Report on the treatment of epidemic cholera: from information collected by the governments of Bengal, Madras, Bombay, N.W. Provinces, Punjab, Oudh, and Central India, by order of the Government of India
Disease focus: Cholera
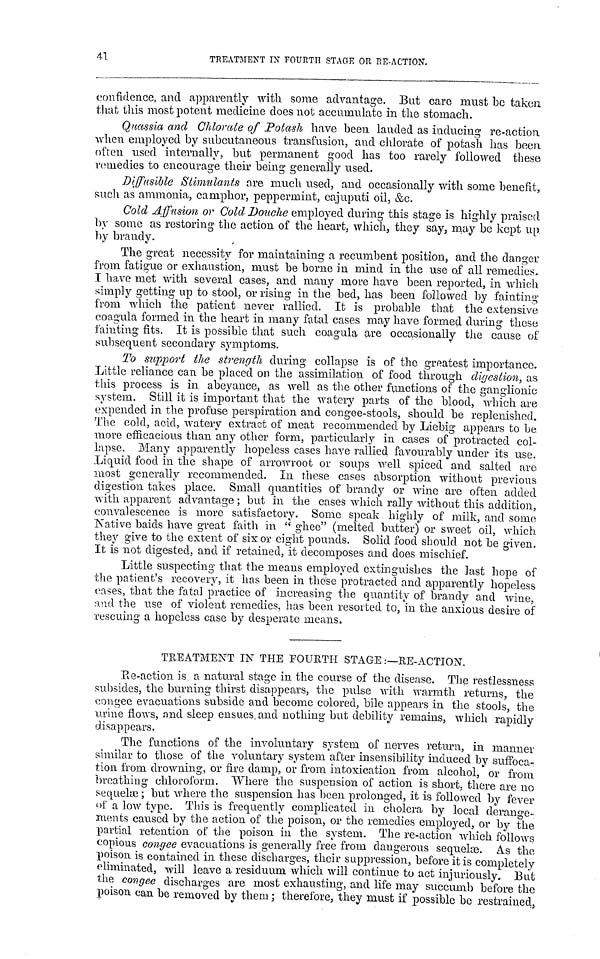
41
TREATMENT IX FOURTH STAGE OR RE-ACTION.
confidence, and apparently with some advantage. But care must be taken
that this most potent medicine does not accumulate in the stomach.
Quassia and Chlorate of Potash have been lauded as inducing re-action
when employed by subcutaneous transfusion, and chlorate of potash has been
often used internally, but permanent good has too rarely followed these
remedies to encourage their being generally used.
Diffusible Stimulants are much used, and occasionally with some benefit,
such as ammonia, camphor, peppermint, cajuputi oil, &c.
Cold Affusion or Cold Douche employed during this stage is highly praised
by some as restoring the action of the heart, which, they say, may be kept up
by brandy.
The great necessity for maintaining a recumbent position, and the danger
from fatigue or exhaustion, must be borne in mind in the use of all remedies.
I have met with several cases, and many more have been reported, in which
simply getting up to stool, or rising in the bed, has been followed by fainting
from which the patient never rallied. It is probable that the extensive
coagula formed in the heart in many fatal cases may have formed during these
fainting fits. It is possible that such coagula are occasionally the cause of
subsequent secondary symptoms.
To support the strength during collapse is of the greatest importance.
Little reliance can be placed on the assimilation of food through digestion, as
this process is in abeyance, as well as the other functions of the ganglionic
system. Still it is important that the watery parts of the blood, which are
expended in the profuse perspiration and congee-stools, should be replenished.
The cold, acid, watery extract of meat recommended by Liebig appears to be
more efficacious than any other form, particularly in cases of protracted col-
lapse. Many apparently hopeless cases have rallied favourably under its use.
Liquid food in the shape of arrowroot or soups well spiced and salted are
most generally recommended. In these cases absorption without previous
digestion takes place. Small quantities of brandy or wine are often added
with apparent advantage ; but in the cases which rally without this addition,
convalescence is more satisfactory. Some speak highly of milk, and some
Nsative baids have great faith in "ghee" (melted butter) or sweet oil, which
they give to the extent of six or eight pounds. Solid food should not be given.
It is not digested, and if retained, it decomposes and does mischief.
Little suspecting that the means employed extinguishes the last hope of
the patient's recovery, it has been in these protracted and apparently hopeless
eases, that the fatal practice of increasing the quantity of brandy and wine,
and the use of violent remedies, has been resorted to, in the anxious desire of
rescuing a hopeless case by desperate means.
TREATMENT IN THE FOURTH STAGE:—RE-ACTION.
Re-action is a natural stage in the course of the disease. The restlessness
subsides, the burning thirst disappears, the pulse with warmth returns, the
congee evacuations subside and become colored, bile appears in the stools, the
urine flows, and sleep ensues and nothing but debility remains, which rapidly
disappears.
The functions of the involuntary system of nerves return, in manner
similar to those of the voluntary system after insensibility induced by suffoca-
tion from drowning, or fire damp, or from intoxication from alcohol, or from
breathing chloroform. Where the suspension of action is short, there are no
sequel; but where the suspension has been prolonged, it is followed by fever
of a low type. This is frequently complicated in cholera by local derange-
nients caused by the action of the poison, or the remedies employed, or by the
partial retention of the poison in the system. The re-action which follows
copious congee evacuations is generally free from dangerous sequelæ. As the
poison is contained in these discharges, their suppression, before it is completely
eliminated, will leave a residuum which will continue to act injuriously. Eut
the congee discharges are most exhausting, and life may succumb before the
poison can be removed by them; therefore, they must if possible be restrained,